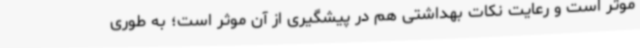
موثر است و رعایت نکات بهداشتی هم در پیشگیری از آن موثر است؛ به طوری